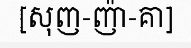
[សុញ-ញ៉ា-គា]